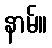
နာမ်။